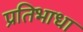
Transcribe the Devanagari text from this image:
प्रतिभाधा